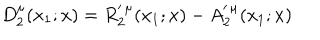
D _ { 2 } ^ { \mu } ( x _ { 1 } ; x ) = R _ { 2 } ^ { \prime \, \mu } ( x _ { 1 } ; x ) - A _ { 2 } ^ { \prime \, \mu } ( x _ { 1 } ; x )